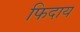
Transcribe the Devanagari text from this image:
फिदाय